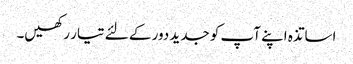
اساتذہ اپنے آپ کو جدید دور کے لئے تیار رکھیں۔